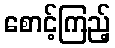
စောင့်ကြည့်